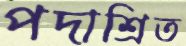
পদাশ্রিত